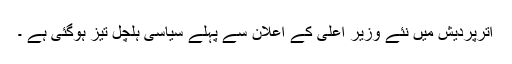
اترپردیش میں نئے وزیر اعلی کے اعلان سے پہلے سیاسی ہلچل تیز ہوگئی ہے ۔